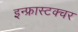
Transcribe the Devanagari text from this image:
इन्फ्रास्टक्चर